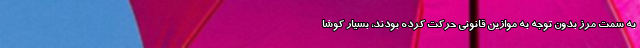
به سمت مرز بدون توجه به موازین قانونی حرکت کرده بودند، بسیار کوشا